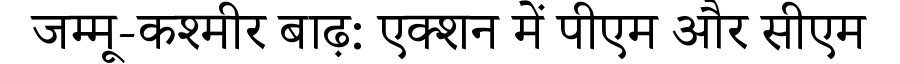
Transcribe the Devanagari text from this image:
जम्मू-कश्मीर बाढ़: एक्शन में पीएम और सीएम